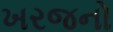
ખરજનો